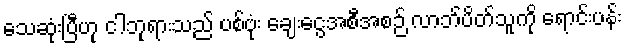
သေဆုံးပြီဟု ငါဘုရားသည် ပစ်ဗုံး ချေးငွေအစီအစဉ် လာဘ်ပိတ်သူကို ရောင်းပန်း